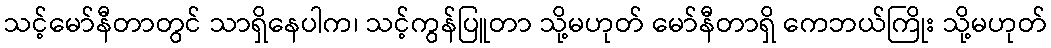
သင့်မော်နီတာတွင် သာရှိနေပါက၊ သင့်ကွန်ပြူတာ သို့မဟုတ် မော်နီတာရှိ ကေဘယ်ကြိုး သို့မဟုတ်